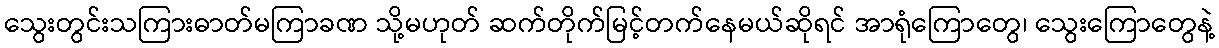
သွေးတွင်းသကြားဓာတ်မကြာခဏ သို့မဟုတ် ဆက်တိုက်မြင့်တက်နေမယ်ဆိုရင် အာရုံကြောတွေ၊ သွေးကြောတွေနဲ့